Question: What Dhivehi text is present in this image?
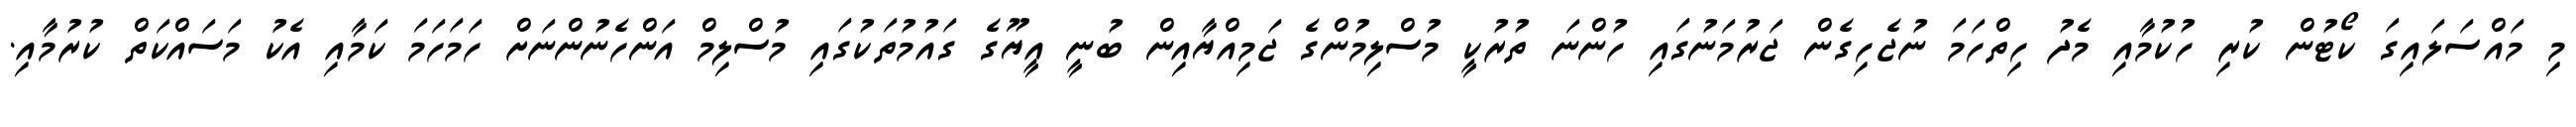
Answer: މި މައްސަލައިގަ ކޯޓުން ކުރި ހުކުމާއި މެދު ހިތްހަމަ ނުޖެހިގެން ޖަރުމަނުގައި ހުންނަ ތުރުކީ މުސްލިމުންގެ ޖަމިއްޔާއިން ބުނީ އީޔޫގެ ގައުމުތަކުގައި މުސްލިމް އަންހެނުންނަށް ހަމަހަމަ ކަމާއި އެކު މަސައްކަތް ކުރުމާއި.